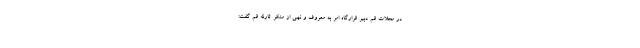
در محلات قم دبیر قرارگاه امر به معروف و نهی از منکر ثارالله قم گفت: